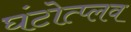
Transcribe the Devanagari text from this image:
घंटोत्प्लव